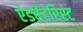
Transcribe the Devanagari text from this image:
ऐडवेंटरिस्ट